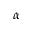
\alpha